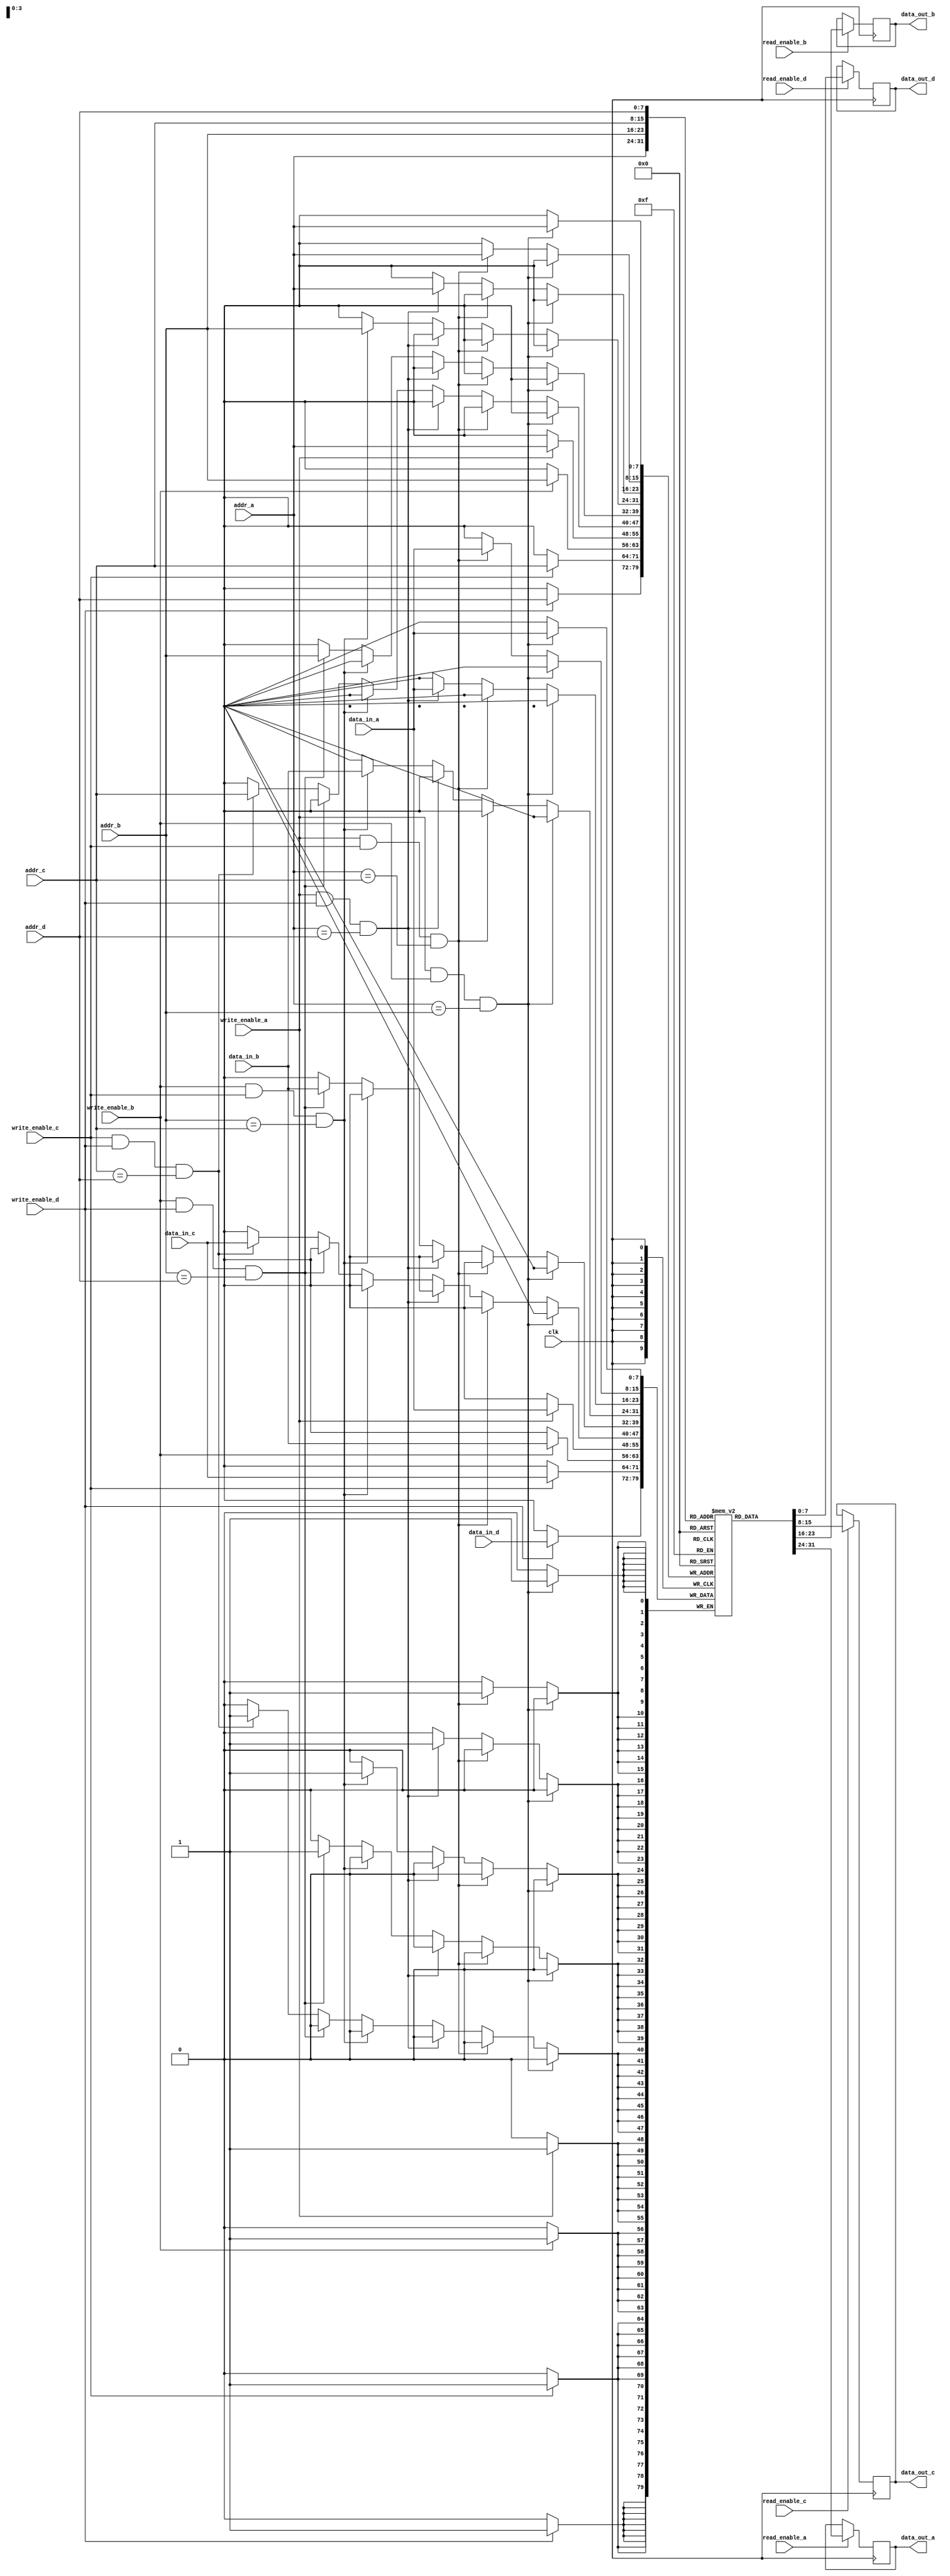
module quad_port_sram (
    input wire clk,
    input wire [7:0] addr_a, addr_b, addr_c, addr_d,
    input wire [7:0] data_in_a, data_in_b, data_in_c, data_in_d,
    input wire read_enable_a, write_enable_a,
    input wire read_enable_b, write_enable_b,
    input wire read_enable_c, write_enable_c,
    input wire read_enable_d, write_enable_d,
    output reg [7:0] data_out_a, data_out_b, data_out_c, data_out_d
);

    // Memory array: 256 x 8 bits
    reg [7:0] memory [0:255];

    // Collision handling logic
    always @(posedge clk) begin
        // Handle write collisions
        if (write_enable_a && write_enable_b && (addr_a == addr_b)) begin
            // Collision detected: Handle as per design requirements
            // Example: Prioritize Port A's write
            memory[addr_a] <= data_in_a; // Only update from Port A
        end else if (write_enable_a && write_enable_c && (addr_a == addr_c)) begin
            memory[addr_a] <= data_in_a;
        end else if (write_enable_a && write_enable_d && (addr_a == addr_d)) begin
            memory[addr_a] <= data_in_a;
        end else if (write_enable_b && write_enable_c && (addr_b == addr_c)) begin
            memory[addr_b] <= data_in_b;
        end else if (write_enable_b && write_enable_d && (addr_b == addr_d)) begin
            memory[addr_b] <= data_in_b;
        end else if (write_enable_c && write_enable_d && (addr_c == addr_d)) begin
            memory[addr_c] <= data_in_c;
        end
        
        // Write operations
        if (write_enable_a) begin
            memory[addr_a] <= data_in_a;
        end
        if (write_enable_b) begin
            memory[addr_b] <= data_in_b;
        end
        if (write_enable_c) begin
            memory[addr_c] <= data_in_c;
        end
        if (write_enable_d) begin
            memory[addr_d] <= data_in_d;
        end
    end

    // Read operations
    always @(posedge clk) begin
        if (read_enable_a) begin
            data_out_a <= memory[addr_a];
        end
        if (read_enable_b) begin
            data_out_b <= memory[addr_b];
        end
        if (read_enable_c) begin
            data_out_c <= memory[addr_c];
        end
        if (read_enable_d) begin
            data_out_d <= memory[addr_d];
        end
    end

endmodule